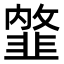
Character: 𩐇